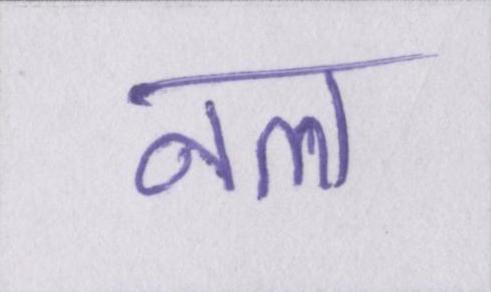
नल